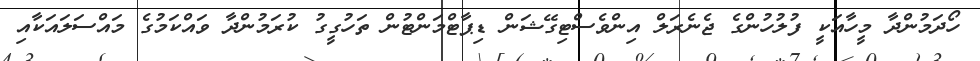
ހޯދަމުންދާ މީހާއަކީ ފުލުހުންގެ ޖެނެރަލް އިންވެސްޓިގޭޝަން ޑިޕާޓްމަންޓުން ތަހުގީގު ކުރަމުންދާ ވައްކަމުގެ މައްސަލައަކާއި